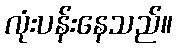
လုံးပန်းနေသည်။